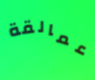
عمالقة